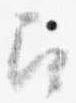
召